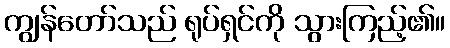
ကျွန်တော်သည် ရုပ်ရှင်ကို သွားကြည့်၏။